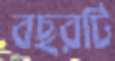
বছরটি